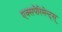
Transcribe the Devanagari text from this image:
एक्सपेरिमेन्ट्‌स्